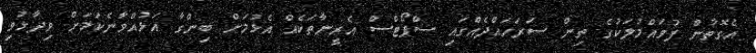
އެގޮތުން ފުވައްމުލަކުގެ ތިން ސަރަހައްދެއްގައި ސްޕޯޓްސް އެރީނާތަކެއް އެޅުމަށް ބިންގާ އަޅުއްވާނެކަމަށް ވިދާޅުވި